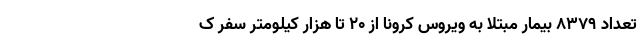
تعداد ۸۳۷۹ بیمار مبتلا به ویروس کرونا از ۲۰ تا هزار کیلومتر سفر ک